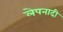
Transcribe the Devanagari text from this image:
लेपनादी